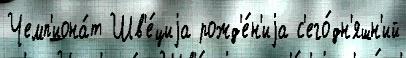
Чемп'иона́т Шв'е́циjа рожд'е́н'иjа с'его́дн'яшн'ий